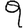
Digit: 9